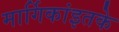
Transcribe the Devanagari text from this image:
मार्गिकांइतके